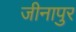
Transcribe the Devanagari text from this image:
जीनापुर